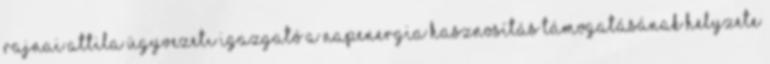
Rajnai Attila Ügyvezetı igazgató A napenergia hasznosítás támogatásának helyzete